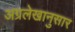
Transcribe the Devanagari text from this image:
अग्रलेखानुसार